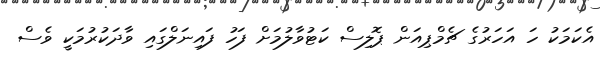
އެކަމަކު ހަ އަހަރުގެ ޗެމްޕިއަން ޕޮލިސް ކަޓުވާލުމަށް ފަހު ފައިނަލްގައި ވާދަކުރުމަކީ ވެސް